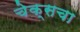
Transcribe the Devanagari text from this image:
चेक्सचा